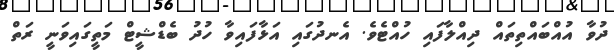
ދުވާ އުއްބައްތިތައް ދިއްލާފައި ހުއްޓެވެ. އެނދުގައި އަޅާފައިވާ ހުދު ބެޑްޝީޓް މަތީގައިވަނީ ރަތް